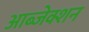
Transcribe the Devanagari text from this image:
आब्जेक्शन